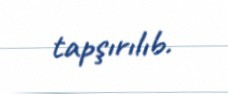
tapşırılıb.